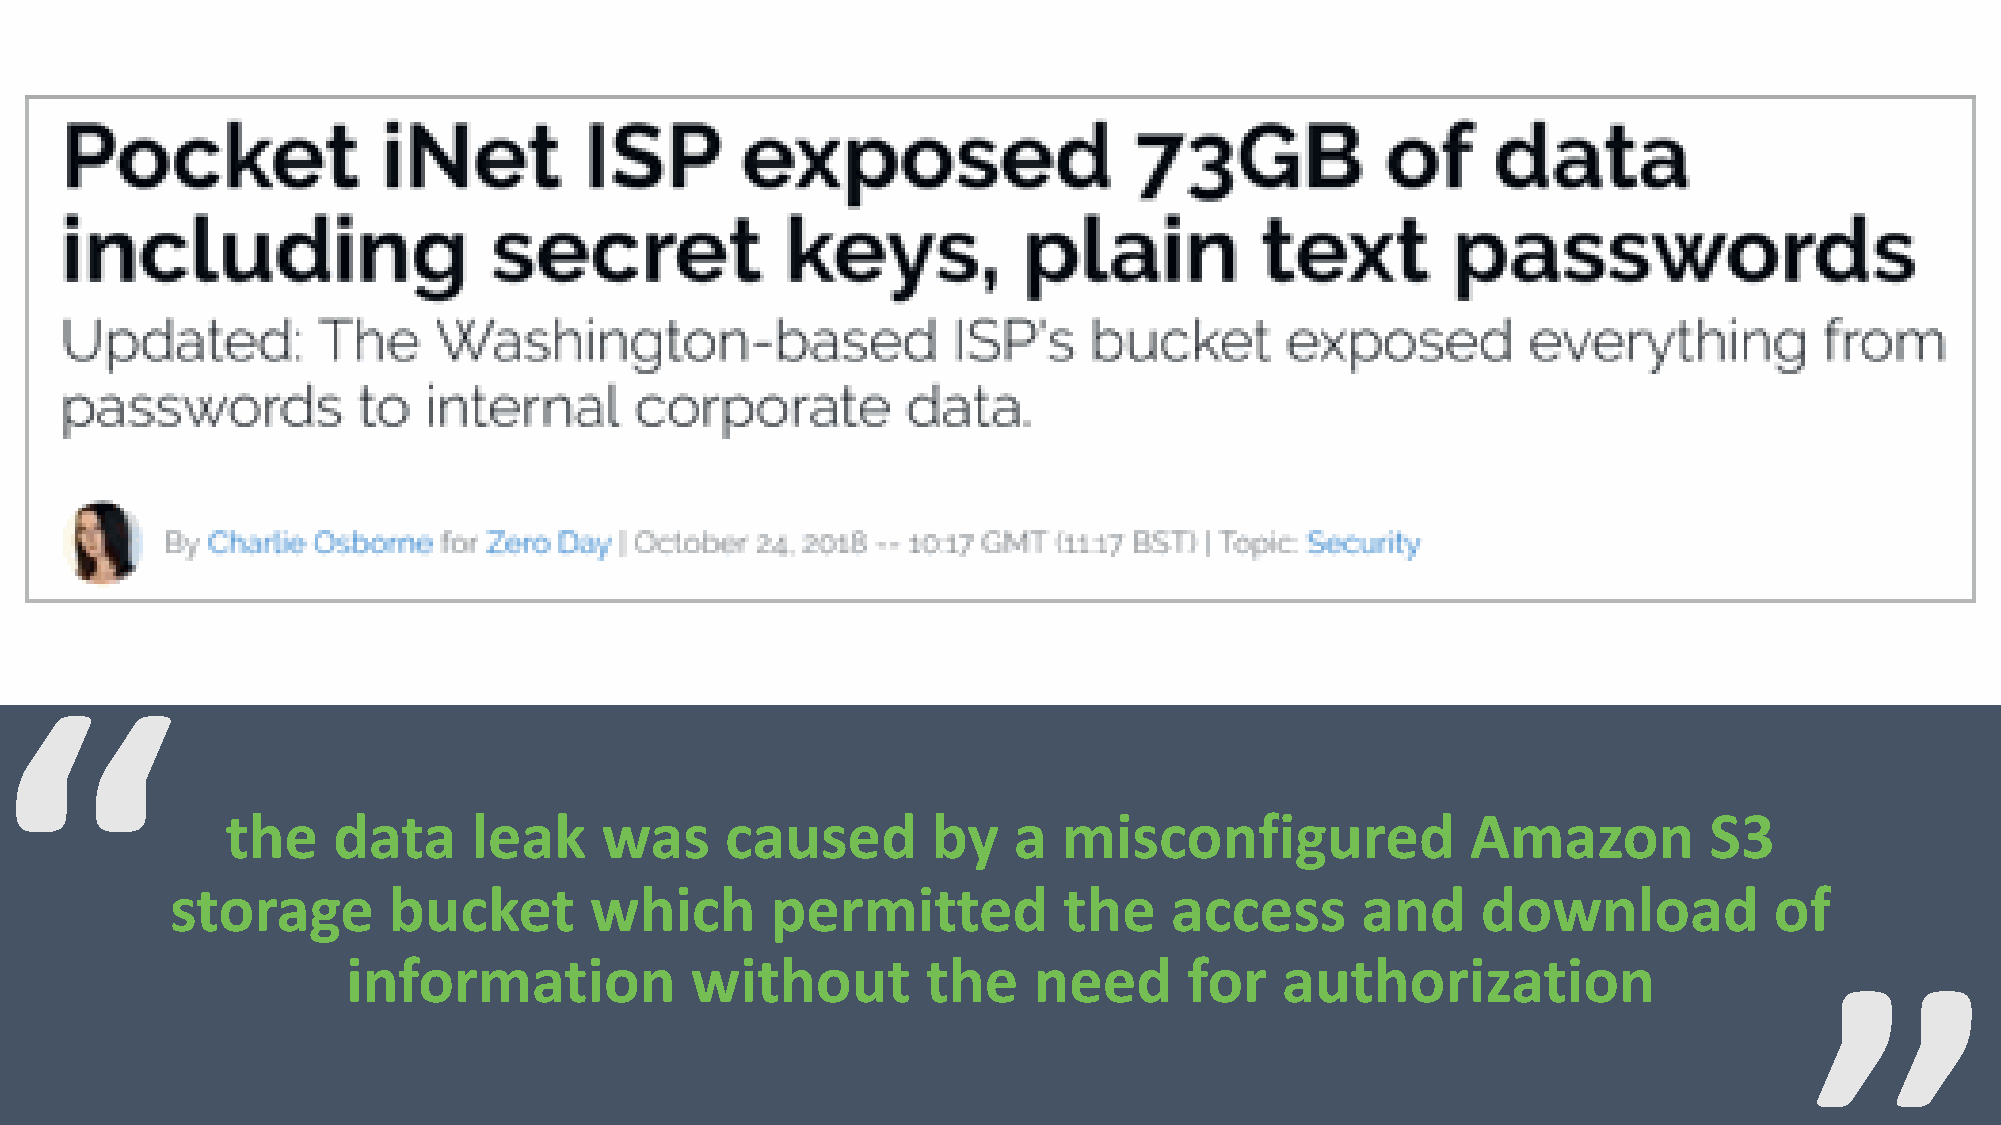
“
 “
 the    data     leak     was     caused        by   a  misconfigured              Amazon          S3
 storage        bucket       which       permitted          the    access       and     download           of
 information            without        the    need       for   authorization